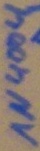
Text: 1N4004